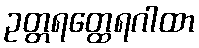
ဥတ္တရတ္ထေရဂါထာ